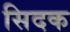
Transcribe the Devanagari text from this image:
सिदक